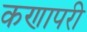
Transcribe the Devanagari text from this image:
कणापरी